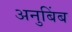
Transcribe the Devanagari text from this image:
अनुबिंब